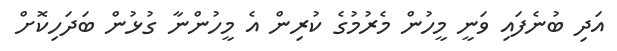
އަދި ބުނެފައި ވަނީ މީހުން މެރުމުގެ ކުރިން އެ މީހުންނާ ގުޅުން ބަދަހިކޮށް